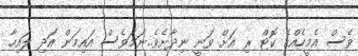
ވެސް އެމީހެއްގެ ކޮޓް ރި އަށް ވަނީ ނިދާށެވެ..ނަމަވެސް އައިމަން އަދި ލައިހާ